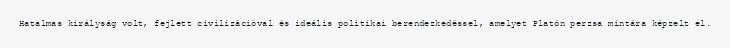
Hatalmas királyság volt, fejlett civilizációval és ideális politikai berendezkedéssel, amelyet Platón perzsa mintára képzelt el.